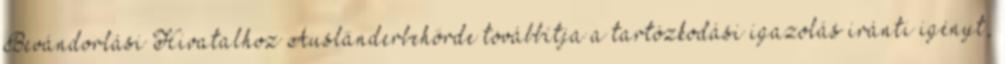
Bevándorlási Hivatalhoz Ausländerbehörde továbbítja a tartózkodási igazolás iránti igényt,